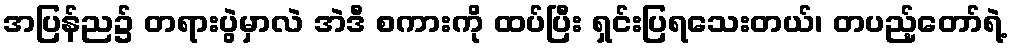
အပြန်ည၌ တရားပွဲမှာလဲ အဲဒီ စကားကို ထပ်ပြီး ရှင်းပြရသေးတယ်၊ တပည့်တော်ရဲ့